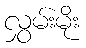
လွှမ်းမိုး